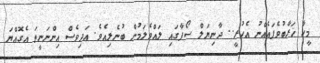
މީހާ ޚަރާބުވެފައެއްނު އެހުރީ.. ދާނިޔަލް ސޯފާގައި ލައްވެލަމުން ބުނެލިއެވެ. އަދިވެސް އިންނަނީތަ އެގޮއްޔަ